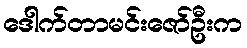
ဒေါက်တာမင်းဇော်ဦးက